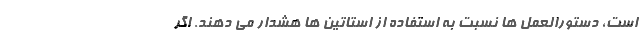
است، دستورالعمل ها نسبت به استفاده از استاتین ها هشدار می دهند. اگر